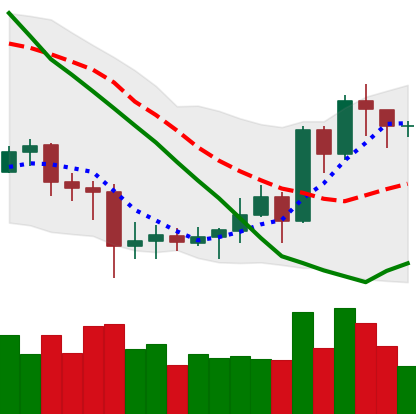
Ticker: EOS-USD
Chart end date: 2020-07-11
Forward return: -4.696%
Label: down_3_5